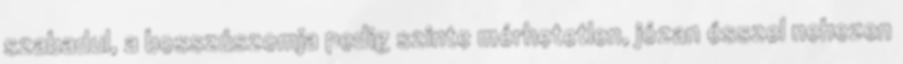
szabadul, a bosszúszomja pedig szinte mérhetetlen, józan ésszel nehezen